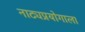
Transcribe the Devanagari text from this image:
नाट्यप्रयोगाला